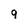
Character: 9